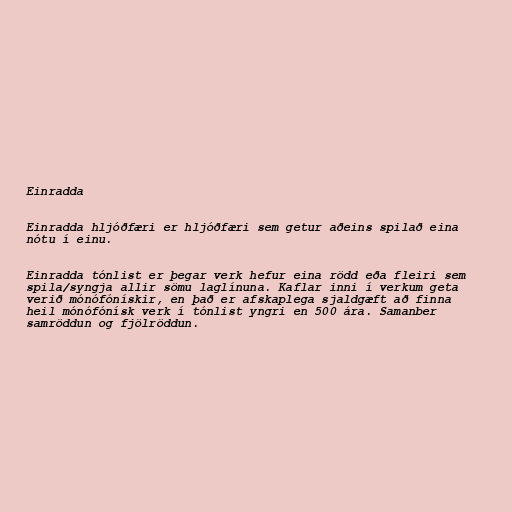
Einradda

Einradda hljóðfæri er hljóðfæri sem getur aðeins spilað eina
nótu í einu.

Einradda tónlist er þegar verk hefur eina rödd eða fleiri sem
spila/syngja allir sömu laglínuna. Kaflar inni í verkum geta
verið mónófónískir, en það er afskaplega sjaldgæft að finna
heil mónófónísk verk í tónlist yngri en 500 ára. Samanber
samröddun og fjölröddun.